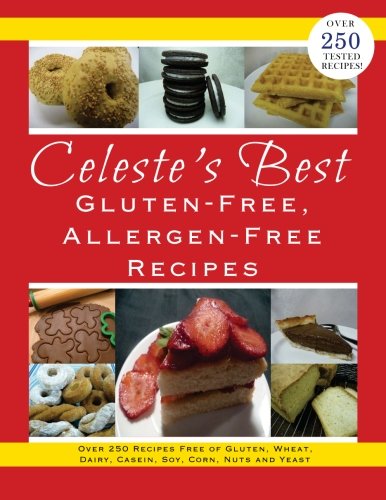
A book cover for Celeste's Best Gluten-Free, Allergen-Free Recipes: Over 250 Recipes Free of Gluten, Wheat, Dairy, Casein, Soy, Corn, Nuts and Yeast; Celeste Clevenger; Cookbooks, Food & Wine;